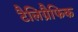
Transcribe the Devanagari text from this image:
टैलिग्रैफिक